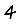
Digit: 4